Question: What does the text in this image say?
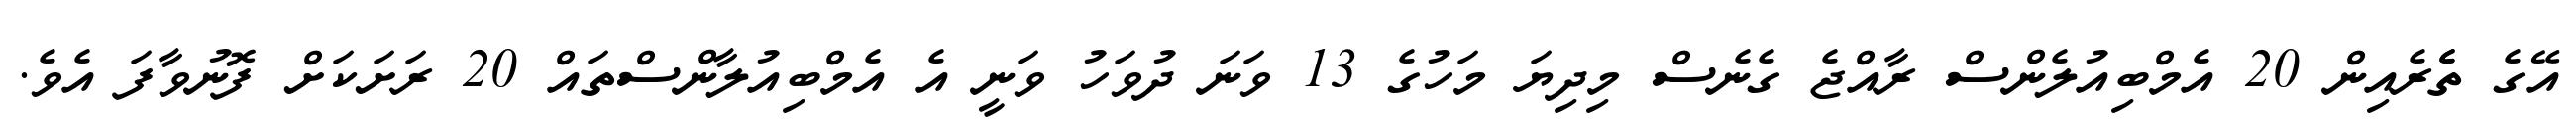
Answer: އޭގެ ތެެރެއިން 20 އެމްބިއުލެންސް ރާއްޖެ ގެނެސް މިދިޔަ މަހުގެ 13 ވަނަ ދުވަހު ވަނީ އެ އެމްބިއުލާންސްތައް 20 ރަށަކަށް ފޮނުވާފަ އެވެ.